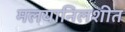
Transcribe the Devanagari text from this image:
मलयानिलशीत